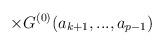
LaTeX: \begin{align*}\times {G}^{(0)}(a_{k+1},...,a_{p-1})\end{align*}